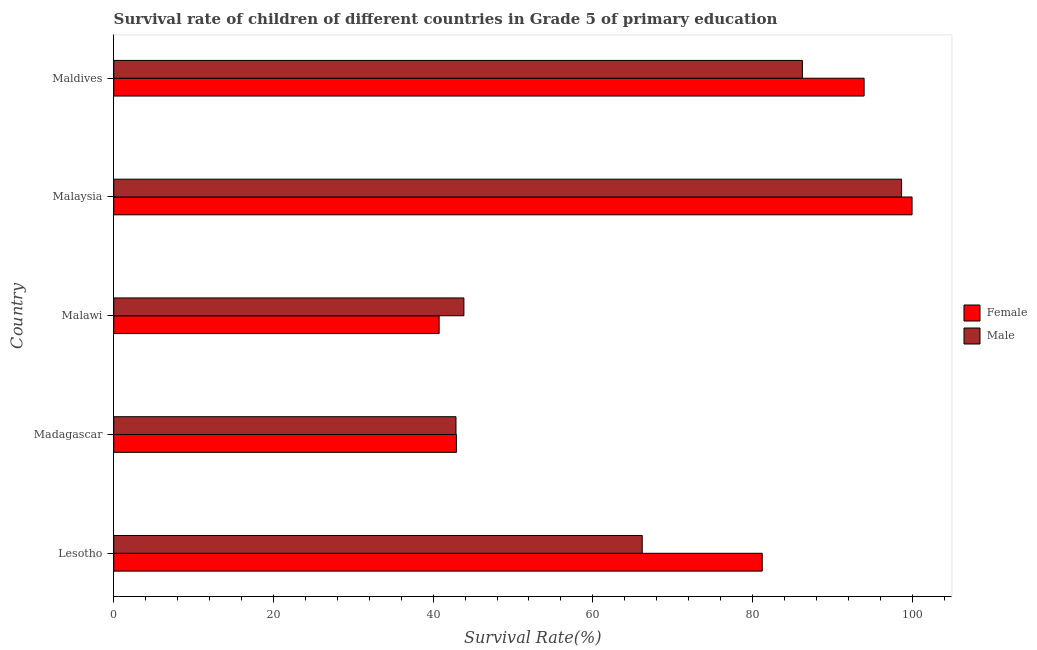
| Country | Female | Male |
 | --- | --- | --- |
 | Lesotho | 81.2 | 66.2 |
 | Madagascar | 42.9 | 42.9 |
 | Malawi | 40.7 | 43.8 |
 | Malaysia | 100 | 98.7 |
 | Maldives | 94 | 86.2 |